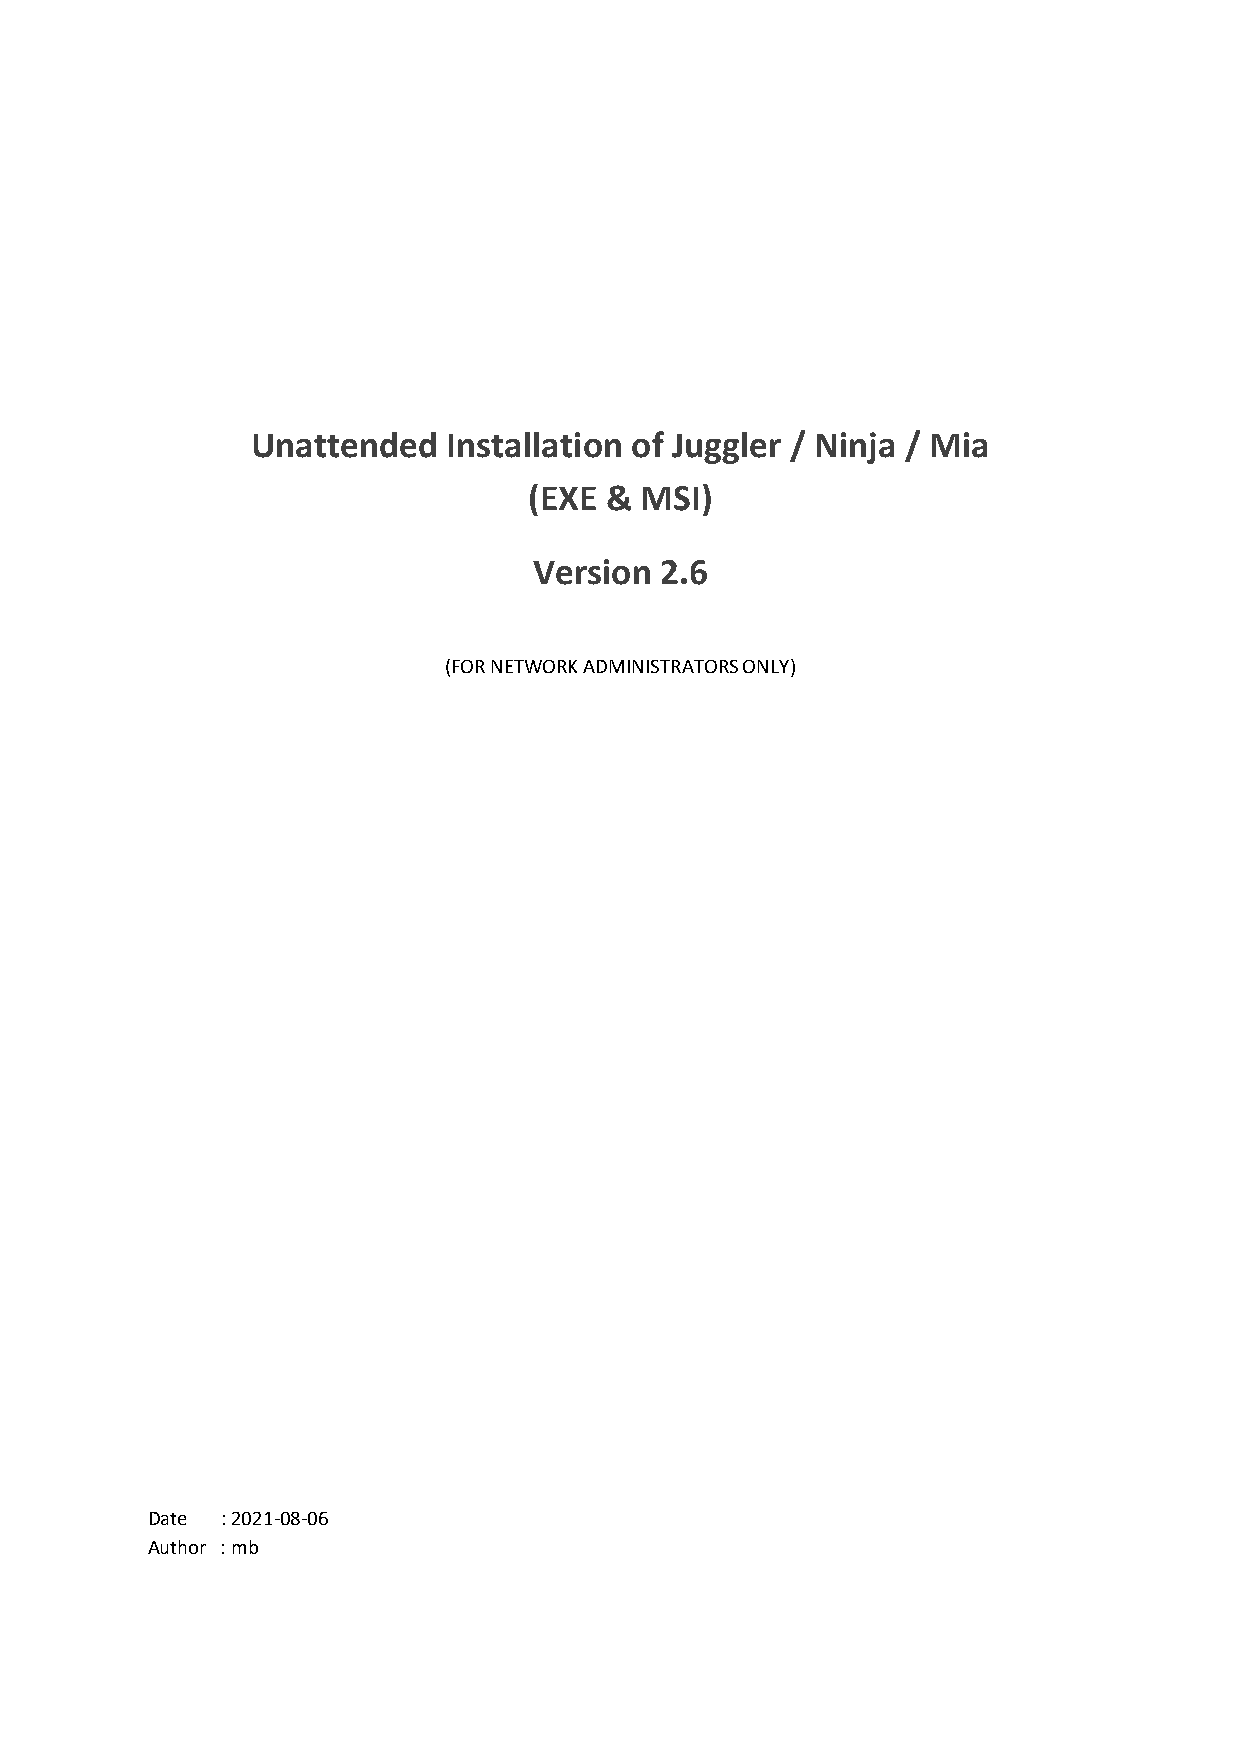
Unattended   Installation of Juggler / Ninja / Mia
 (EXE & MSI)
 Version  2.6
 (FOR NETWORK ADMINISTRATORS ONLY)
 Date : 2021‐08‐06
 Author : mb